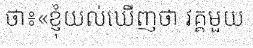
ថា៖«ខ្ញុំយល់ឃើញថា វគ្គមួយ